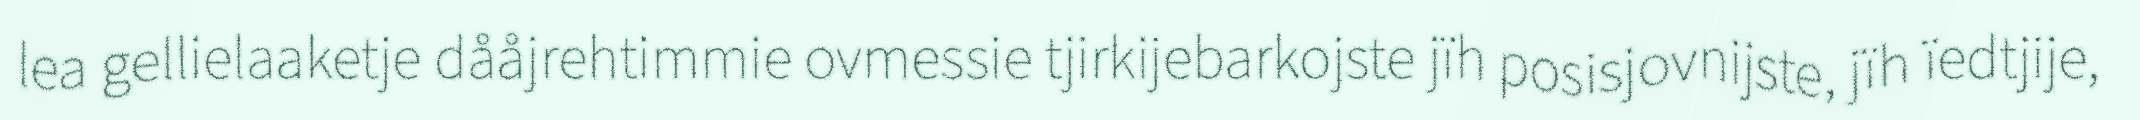
lea gellielaaketje dååjrehtimmie ovmessie tjirkijebarkojste jïh posisjovnijste, jïh ïedtjije,